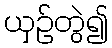
ယှဉ်တွဲ၍